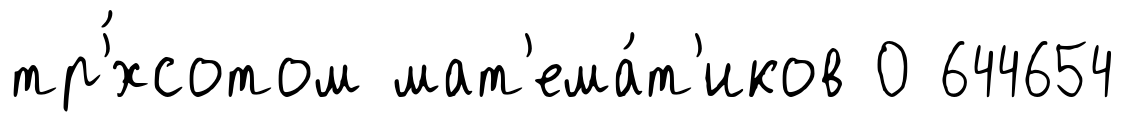
тр'́хсотом мат'ема́т'иков 0 644654